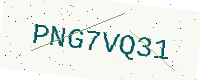
Text: PNG7VQ31